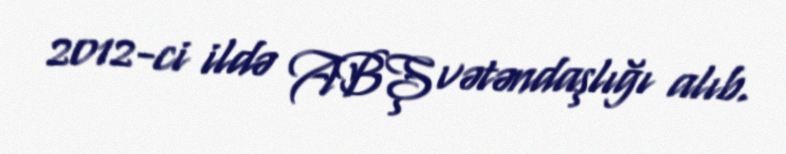
2012-ci ildə ABŞ vətəndaşlığı alıb.